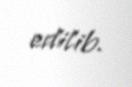
edilib.